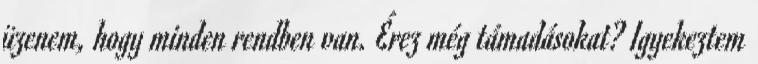
üzenem, hogy minden rendben van. Érez még támadásokat? Igyekeztem